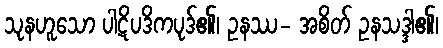
သုနဟူသော ပါဋိပဒိကပုဒ်၏၊ ဥနဿ- အစိတ် ဥနသဒ္ဒါ၏၊